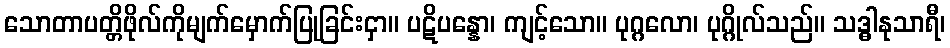
သောတာပတ္တိဖိုလ်ကိုမျက်မှောက်ပြုခြင်းငှာ။ ပဋိပန္နော၊ ကျင့်သော။ ပုဂ္ဂလော၊ ပုဂ္ဂိုလ်သည်။ သဒ္ဓါနုသာရီ၊